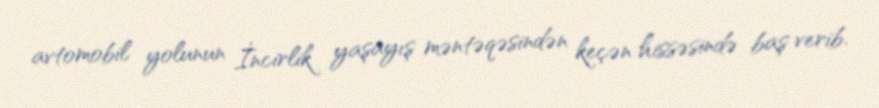
avtomobil yolunun İncirlik yaşayış məntəqəsindən keçən hissəsində baş verib.